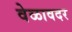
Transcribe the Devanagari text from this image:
वेळावदर